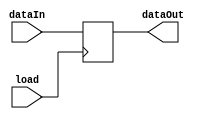
module instructionReg (
    input [0:25] dataIn,
    input load,
    output [0:25] dataOut
);
    reg [0:25] register;
    assign dataOut = register;

    always @(posedge load)
        register <=dataIn;
endmodule